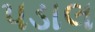
પડાલ